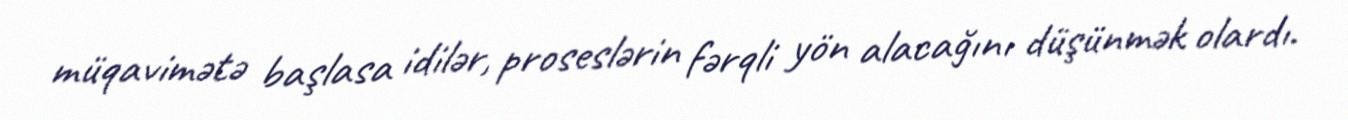
müqavimətə başlasa idilər, proseslərin fərqli yön alacağını düşünmək olardı.